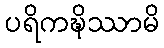
ပရိကဍ္ဎိဿာမိ